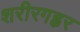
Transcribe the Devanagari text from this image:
शरीरगह्वर